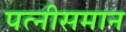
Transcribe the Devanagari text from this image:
पत्नीसमान